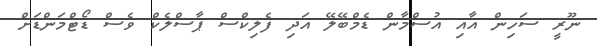
ނޫރީ ސަހިން އާއި އުސްމާން ޑެމްބޭލޭ އަދި ފެލިކްސް ޕާސްލެކް ވެސް ޑޯޓްމަންޑަށް